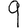
Digit: 9